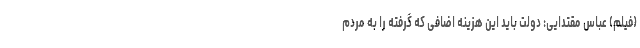
(فیلم) عباس مقتدایی: دولت باید این هزینه اضافی که گرفته را به مردم